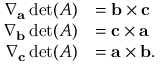
{ \begin{array} { r l } { \nabla _ { \mathbf { a } } \operatorname* { d e t } ( A ) } & { = \mathbf { b } \times \mathbf { c } } \\ { \nabla _ { \mathbf { b } } \operatorname* { d e t } ( A ) } & { = \mathbf { c } \times \mathbf { a } } \\ { \nabla _ { \mathbf { c } } \operatorname* { d e t } ( A ) } & { = \mathbf { a } \times \mathbf { b } . } \end{array} }